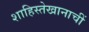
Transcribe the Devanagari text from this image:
शाहिस्तेखानाचीं